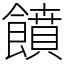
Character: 饙